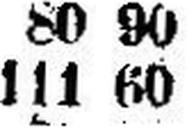
111 60